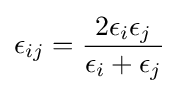
\epsilon _{ij}={\frac {2\epsilon _{i}\epsilon _{j}}{\epsilon _{i}+\epsilon _{j}}}